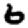
Digit: 6